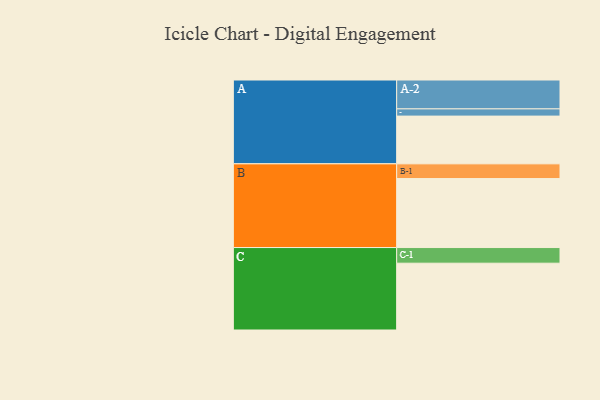
{"axis": {"x": "Segment", "y": "Value"}, "legend": ["", "A", "B", "C"], "data": [{"x": "A", "y": 415, "type": ""}, {"x": "B", "y": 600, "type": ""}, {"x": "C", "y": 581, "type": ""}, {"x": "A-1", "y": 63, "type": "A"}, {"x": "A-2", "y": 251, "type": "A"}, {"x": "B-1", "y": 128, "type": "B"}, {"x": "C-1", "y": 136, "type": "C"}]}